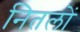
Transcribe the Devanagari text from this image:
नितलों